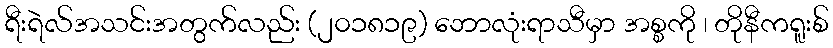
ရီးရဲလ်အသင်းအတွက်လည်း (၂၀၁၈၁၉) ဘောလုံးရာသီမှာ အစ္စကို ၊ တိုနီကရူးစ်